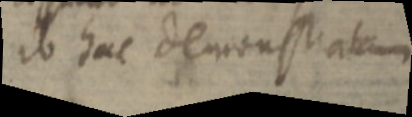
ab hac demonstratum